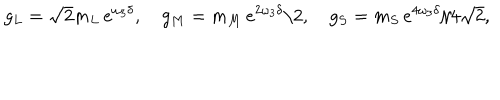
g _ { L } = \sqrt 2 m _ { L } \, e ^ { \omega _ { 3 } \delta } , \quad g _ { M } = { m _ { M } } \, e ^ { 2 \omega _ { 3 } \delta } / 2 , \quad g _ { S } = { m _ { S } } \, e ^ { 4 \omega _ { 3 } \delta } / 4 \sqrt 2 ,